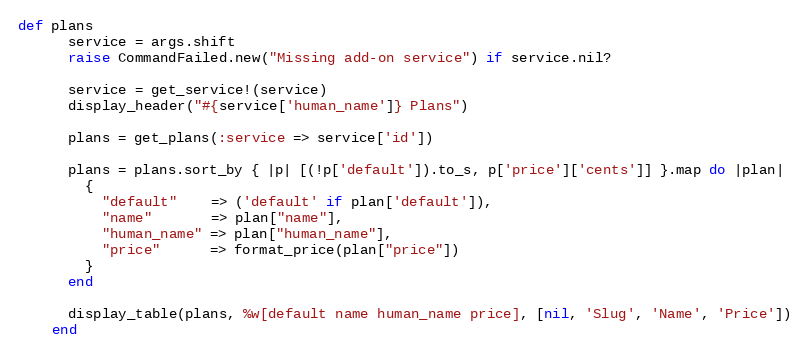
Language: Ruby
def plans
      service = args.shift
      raise CommandFailed.new("Missing add-on service") if service.nil?

      service = get_service!(service)
      display_header("#{service['human_name']} Plans")

      plans = get_plans(:service => service['id'])

      plans = plans.sort_by { |p| [(!p['default']).to_s, p['price']['cents']] }.map do |plan|
        {
          "default"    => ('default' if plan['default']),
          "name"       => plan["name"],
          "human_name" => plan["human_name"],
          "price"      => format_price(plan["price"])
        }
      end

      display_table(plans, %w[default name human_name price], [nil, 'Slug', 'Name', 'Price'])
    end